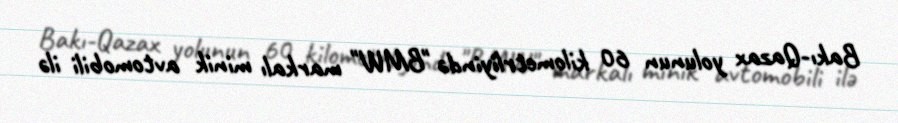
Bakı-Qazax yolunun 60 kilometrliyində "BMW" markalı minik avtomobili ilə